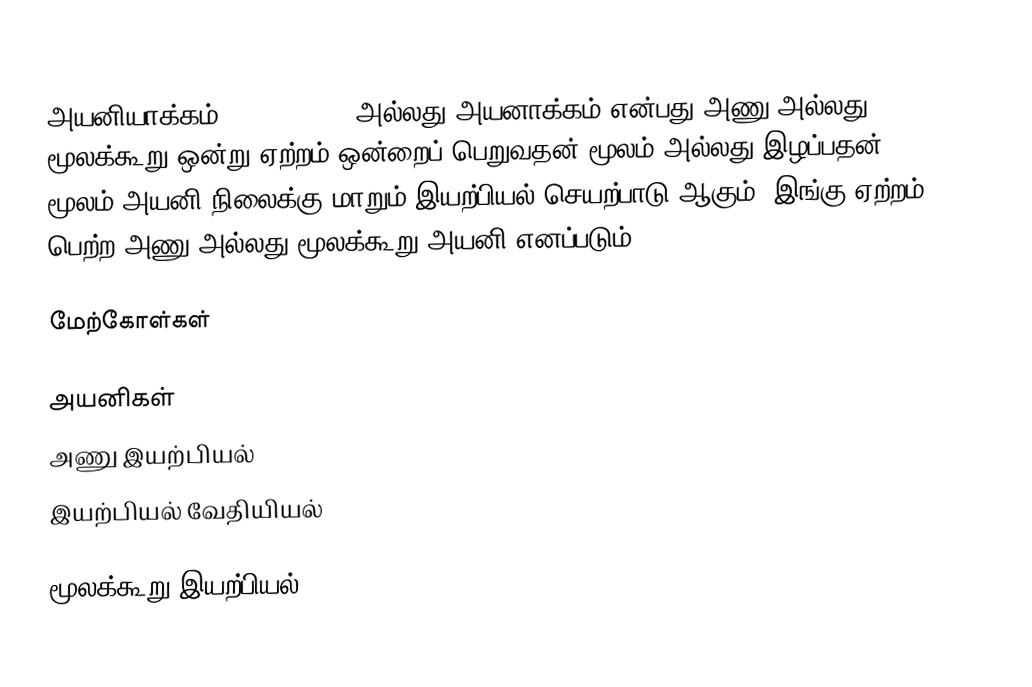
அயனியாக்கம் (ionization) அல்லது அயனாக்கம் என்பது அணு அல்லது மூலக்கூறு ஒன்று ஏற்றம் ஒன்றைப் பெறுவதன் மூலம் அல்லது இழப்பதன் மூலம் அயனி நிலைக்கு மாறும் இயற்பியல் செயற்பாடு ஆகும். இங்கு ஏற்றம் பெற்ற அணு அல்லது மூலக்கூறு அயனி எனப்படும்.

மேற்கோள்கள்

அயனிகள்
அணு இயற்பியல்
இயற்பியல் வேதியியல்

மூலக்கூறு இயற்பியல்